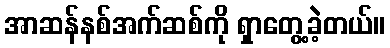
အာဆန်နစ်အက်ဆစ်ကို ရှာတွေ့ခဲ့တယ်။